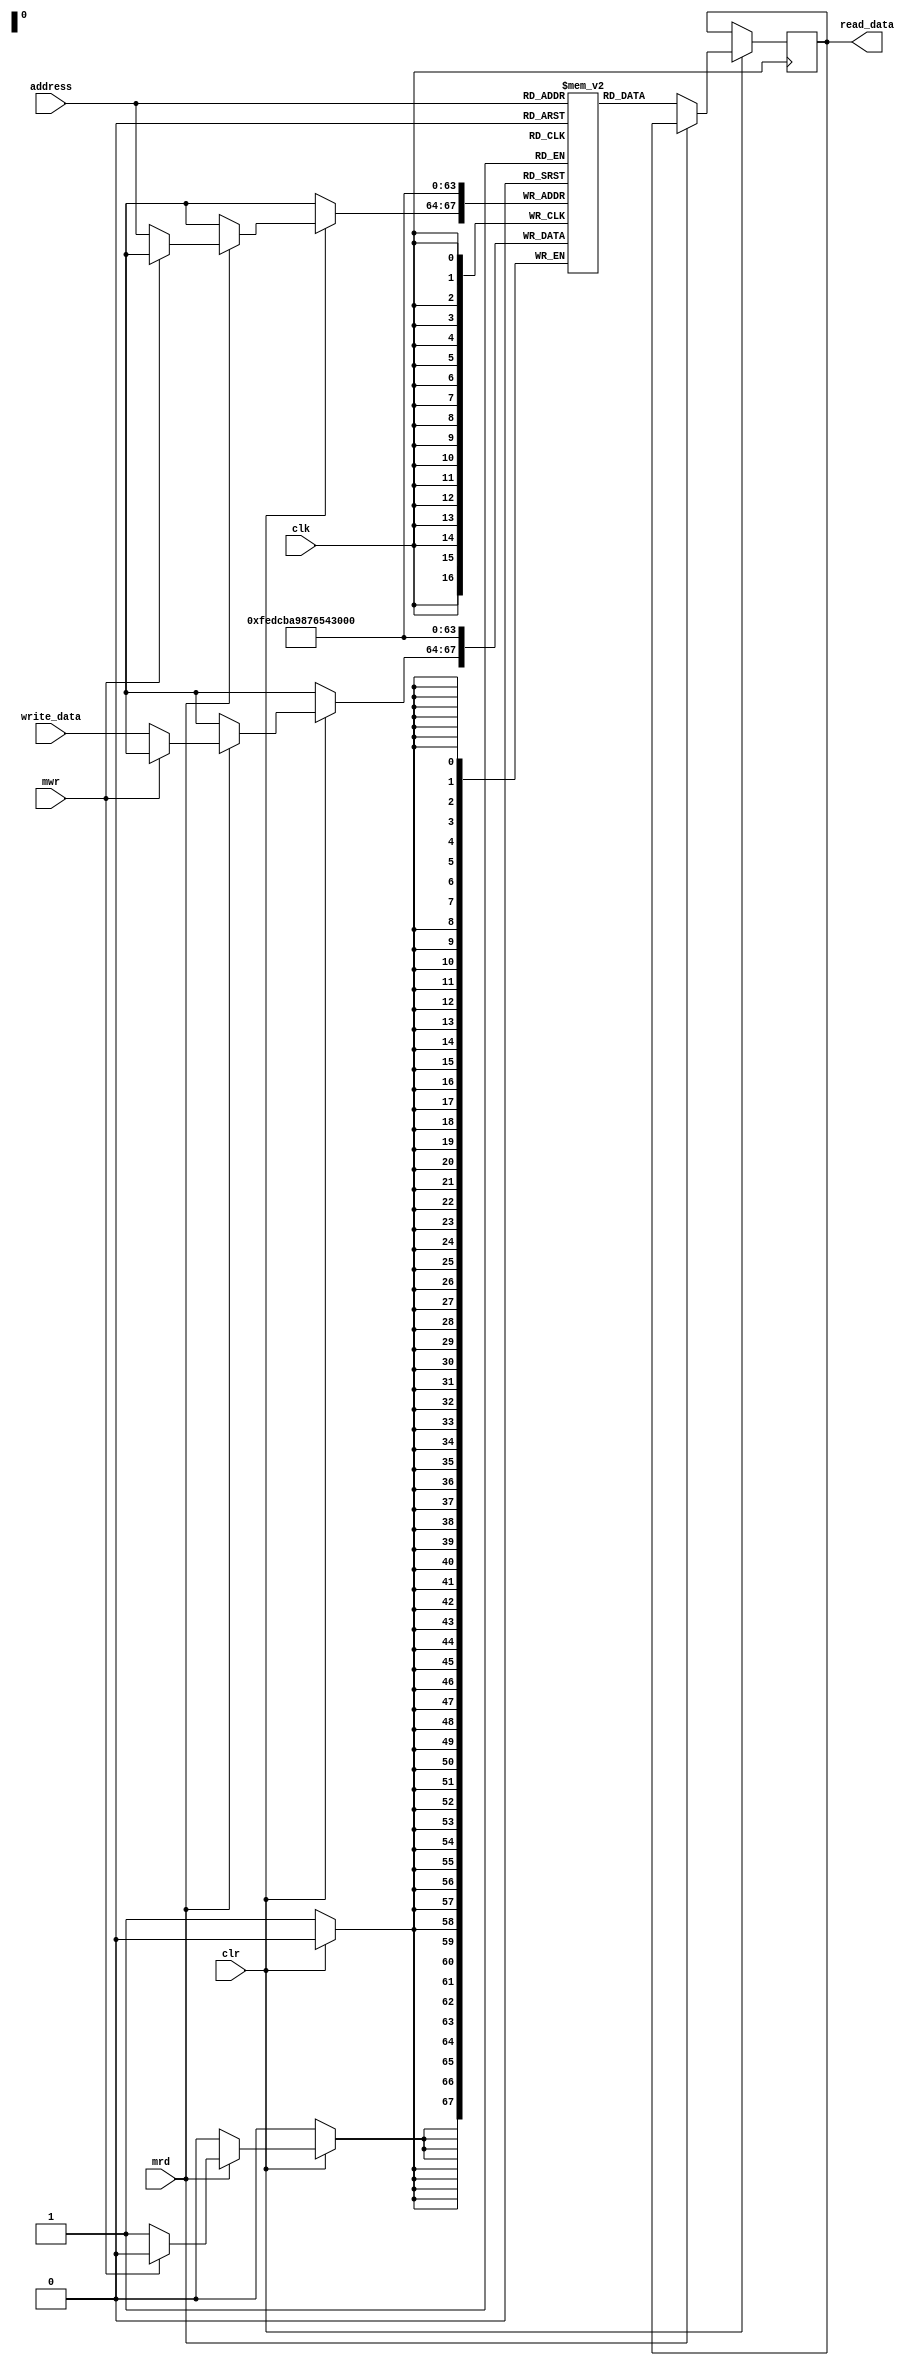
module data_memory(
		input [3:0]address,
		input [3:0]write_data,
		input clk,
		input clr,
		input mrd,
		input mwr,
		output reg [3:0]read_data);

reg [3:0]mem[15:0];

always@(posedge clk)
begin
	if(!clr)
	begin
		mem[0]<=0;
		mem[1]<=1;
		mem[2]<=2;
		mem[3]<=3;
		mem[4]<=4;
		mem[5]<=5;
		mem[6]<=6;
		mem[7]<=7;
		mem[8]<=8;
		mem[9]<=9;
		mem[10]<=10;
		mem[11]<=11;
		mem[12]<=12;
		mem[13]<=13;
		mem[14]<=14;
		mem[15]<=15;

	end
	else
	begin
		if(!mrd)
		read_data<=mem[address];
		else if(!mwr)
		mem[address]<=write_data;
	end
end

endmodule

module test_data_memory();
reg clk,clr,mrd,mwr;
reg [3:0]address;
reg [3:0]write_data;
wire [3:0]read_data;

data_memory i_dm(address,write_data,clk,clr,mrd,mwr,read_data);

initial 
clk=0;
always
#5 clk=~clk;

initial
begin
clr=0;
#30 clr=1;mrd=1;mwr=1;
#30 mrd=0; address=7;
#30 mrd=1; mwr=0; write_data=11; address=5;
#30 mrd=0; mwr=1; address=5;

end

endmodule